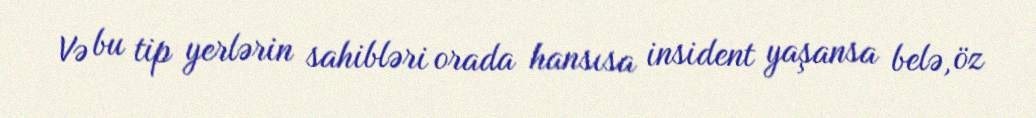
Və bu tip yerlərin sahibləri orada hansısa insident yaşansa belə, öz